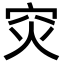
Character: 𬔇